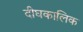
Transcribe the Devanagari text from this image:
दीघकालिक